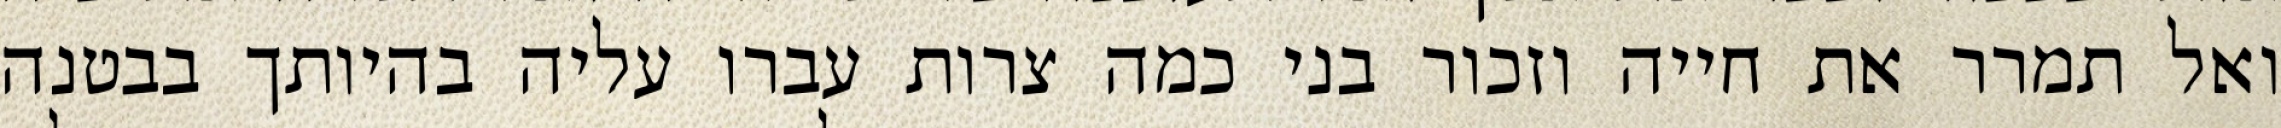
ואל תמרר את חייה וזכור בני כמה צרות עברו עליה בהיותך בבטנה